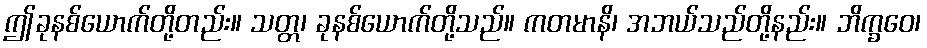
ဤခုနစ်ယောက်တို့တည်း။ သတ္တ၊ ခုနစ်ယောက်တို့သည်။ ကတမာနိ၊ အဘယ်သည်တို့နည်း။ ဘိက္ခဝေ၊